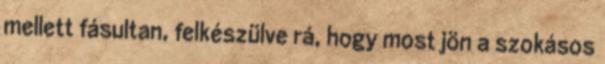
mellett fásultan, felkészülve rá, hogy most jön a szokásos